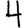
Digit: 4